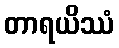
တာရယိဿံ